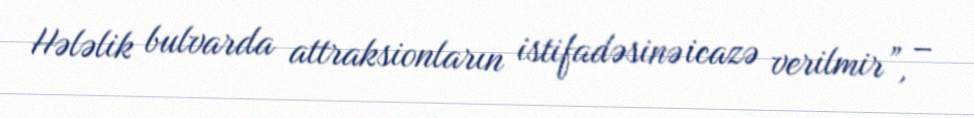
Hələlik bulvarda attraksionların istifadəsinə icazə verilmir”, –